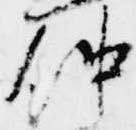
仲